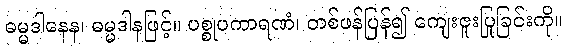
ဓမ္မဒါနေန၊ ဓမ္မဒါနဖြင့်။ ပစ္စုပကာရဏံ၊ တစ်ဖန်ပြန်၍ ကျေးဇူးပြုခြင်းကို။